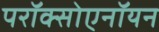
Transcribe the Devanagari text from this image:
परॉक्सोएनॉयन